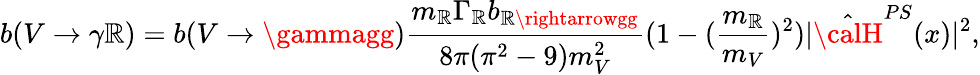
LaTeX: b(V\rightarrow\gamma\mathbb{R})=b(V\rightarrow\gammagg)\frac{{m_{\mathbb{R}}\Gamma_{\mathbb{R}}b_{\mathbb{R}\rightarrowgg}}}{{8\pi(\pi^{2}-9)m_{V}^{2}}}(1-(\frac{{m_{\mathbb{R}}}}{{m_{V}}})^{2})|{\hat{{\calH}}}^{PS}(x)|^{2},